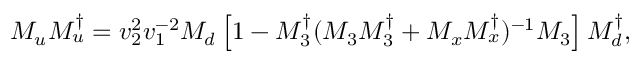
{ \cal M } _ { u } { \cal M } _ { u } ^ { \dagger } = v _ { 2 } ^ { 2 } v _ { 1 } ^ { - 2 } { \cal M } _ { d } \left[ 1 - { \cal M } _ { 3 } ^ { \dagger } ( { \cal M } _ { 3 } { \cal M } _ { 3 } ^ { \dagger } + { \cal M } _ { x } { \cal M } _ { x } ^ { \dagger } ) ^ { - 1 } { \cal M } _ { 3 } \right] { \cal M } _ { d } ^ { \dagger } ,